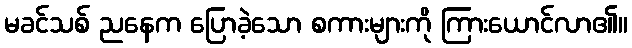
မခင်သစ် ညနေက ပြောခဲ့သော စကားများကို ကြားယောင်လာ၏။